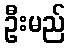
ဦးမည်